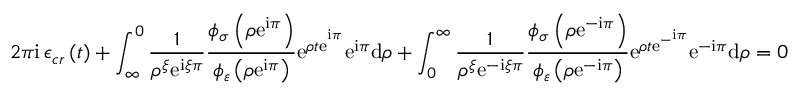
2 \pi \mathrm { i \, } \mathcal { \epsilon } _ { c r } \left( t \right) + \int _ { \infty } ^ { 0 } \frac { 1 } { \rho ^ { \xi } \mathrm { e } ^ { \mathrm { i } \xi \pi } } \frac { \phi _ { \sigma } \left( \rho \mathrm { e } ^ { \mathrm { i } \pi } \right) } { \phi _ { \varepsilon } \left( \rho \mathrm { e } ^ { \mathrm { i } \pi } \right) } \mathrm { e } ^ { \rho t \mathrm { e } ^ { ^ { \mathrm { i } \pi } } } \mathrm { e } ^ { \mathrm { i } \pi } \mathrm { d } \rho + \int _ { 0 } ^ { \infty } \frac { 1 } { \rho ^ { \xi } \mathrm { e } ^ { - \mathrm { i } \xi \pi } } \frac { \phi _ { \sigma } \left( \rho \mathrm { e } ^ { - \mathrm { i } \pi } \right) } { \phi _ { \varepsilon } \left( \rho \mathrm { e } ^ { - \mathrm { i } \pi } \right) } \mathrm { e } ^ { \rho t \mathrm { e } ^ { - ^ { \mathrm { i } \pi } } } \mathrm { e } ^ { - \mathrm { i } \pi } \mathrm { d } \rho = 0